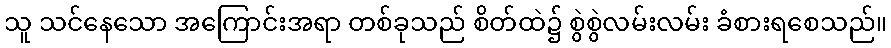
သူ သင်နေသော အကြောင်းအရာ တစ်ခုသည် စိတ်ထဲ၌ စွဲစွဲလမ်းလမ်း ခံစားရစေသည်။